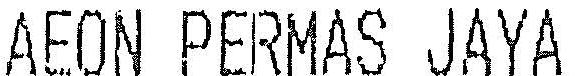
AEON PERMAS JAYA